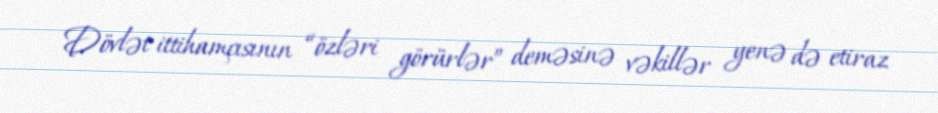
Dövlət ittihamçısının “özləri görürlər” deməsinə vəkillər yenə də etiraz